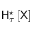
\mathsf { H } _ { \tau } ^ { \star } \left[ \mathsf { X } \right]